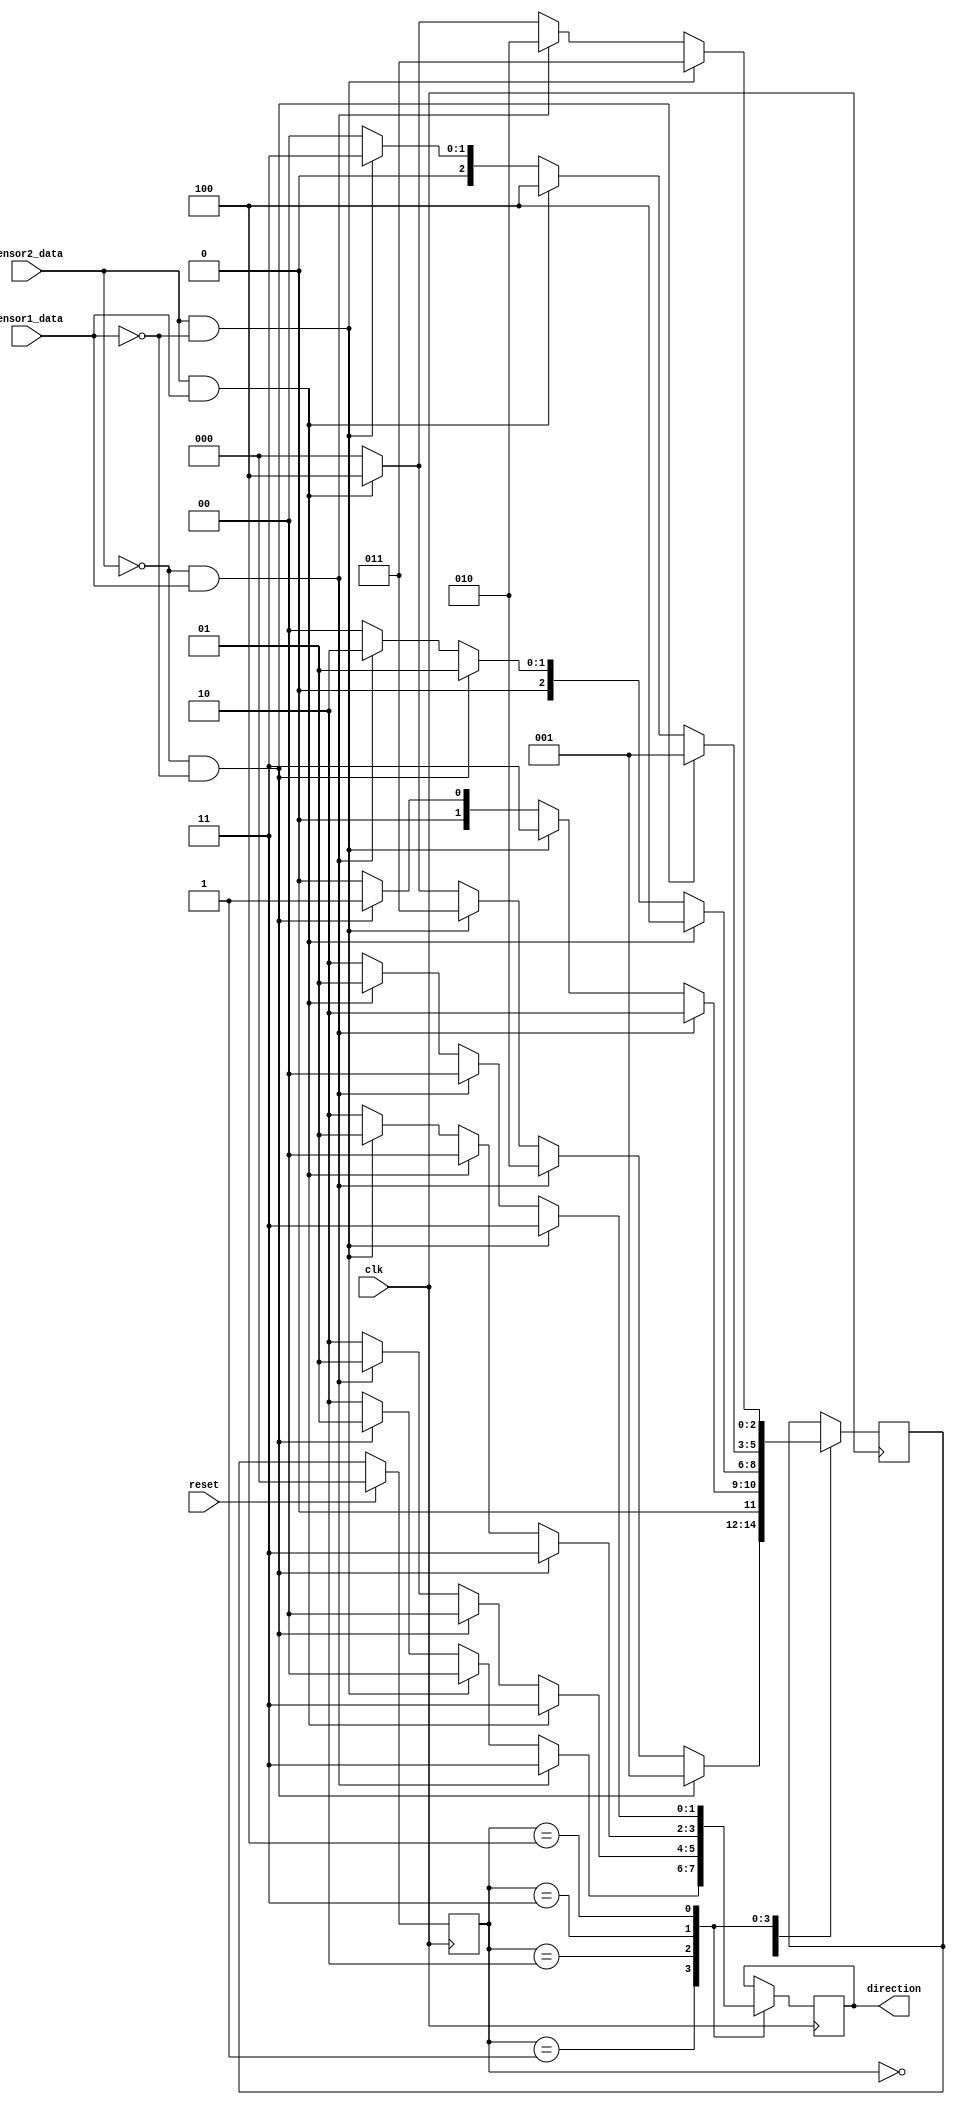
module direction(clk, reset, sensor1_data, sensor2_data, direction);

input clk, reset;
input sensor1_data, sensor2_data;
output reg [1:0] direction;

parameter idle = 0,
          stage_00 = 1,
          stage_01 = 2,
          stage_10 = 3,
          stage_11 = 4;

reg [2:0] cur_state, next_state;
//wire [1:0] comb_data;
//assign comb_data = { sensor2_data, sensor1_data};

always @ (posedge clk) begin
    if (reset)
        cur_state <= idle;
    else    
        cur_state <= next_state;
end

always @ (posedge clk) begin
    case (cur_state)
    idle : begin
        if (sensor2_data == 0 && sensor1_data == 0) next_state = stage_00 ;
        else if (sensor2_data == 0 && sensor1_data == 1) next_state = stage_01;
        else if (sensor2_data == 1 && sensor1_data == 0) next_state = stage_10;
        else if (sensor2_data == 1 && sensor1_data == 1) next_state = stage_11;
        else next_state = idle;
    end

    stage_00 : begin
        if (sensor2_data == 0 && sensor1_data == 1) begin
            direction = 2'b11;
            next_state = stage_01;
            //$display("The disk is spinning clockwise.");
        end
        else if (sensor2_data == 1 && sensor1_data == 0) begin
            direction = 2'b00;
            next_state = stage_10;           
            //$display("The disk is spinning anti-clockwise.");
        end
        else if (sensor2_data == 0 && sensor1_data == 0) begin
            direction = 2'b01;
            next_state = stage_00;
            
            //$display("The disk is still.");
        end
        else begin
            direction = 2'b10;
            next_state = idle;
            
            //$display("Unknown state detected.");
        end
    end

    stage_01 : begin
        if (sensor2_data == 1 && sensor1_data == 1) begin
            direction = 2'b11;
            next_state = stage_11;
            
            //$display("The disk is spinning clockwise.");
        end
        else if (sensor2_data == 0 && sensor1_data == 0) begin
            direction = 2'b00;
            next_state = stage_00;
            
            //$display("The disk is spinning anti-clockwise.");
        end
        else if (sensor2_data == 0 && sensor1_data == 1) begin
            direction = 2'b01;
            next_state = stage_01;
            
            //$display("The disk is still.");
        end
        else begin
            direction = 2'b10;
            next_state = idle;
            
            //$display("Unknown state detected.");
        end
    end

    stage_10 : begin
        if (sensor2_data == 0 && sensor1_data == 0) begin
            direction = 2'b11;
            next_state = stage_00;
            
            //$display("The disk is spinning clockwise.");
        end
        else if (sensor2_data == 1 && sensor1_data == 1) begin
            direction = 2'b00;
            next_state = stage_11;
            
            //$display("The disk is spinning anti-clockwise.");
        end
        else if (sensor2_data == 1 && sensor1_data == 0) begin
            direction = 2'b01;
            next_state = stage_10;
            
            //$display("The disk is still.");
        end
        else begin
            direction = 2'b10;
            next_state = idle;
            
            //$display("Unknown state detected.");
        end
    end

    stage_11 : begin
        if (sensor2_data == 1 && sensor1_data == 0) begin
            next_state = stage_10;
            direction = 2'b11;
            //$display("The disk is spinning clockwise.");
        end
        else if (sensor2_data == 0 && sensor1_data == 1) begin
            next_state = stage_01;
            direction = 2'b00;
            //$display("The disk is spinning anti-clockwise.");
        end
        else if (sensor2_data == 1 && sensor1_data == 1) begin
            next_state = stage_11;
            direction = 2'b01;
            //$display("The disk is still.");
        end
        else begin
            next_state = idle;
            direction = 2'b10;
            //$display("Unknown state detected.");
        end
    end

    endcase
end

endmodule